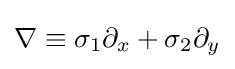
\nabla \equiv \sigma _{1}\partial _{x}+\sigma _{2}\partial _{y}